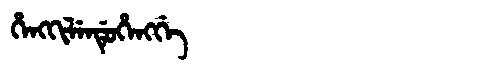
Manchu: ᡥᡝᠩᡴᡳᠯᡝᠨᡩᡠᡥᡝᠩᡤᡝ
Romanization: HENGKILENDUHENGGE